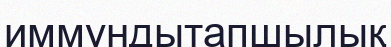
иммундытапшылық